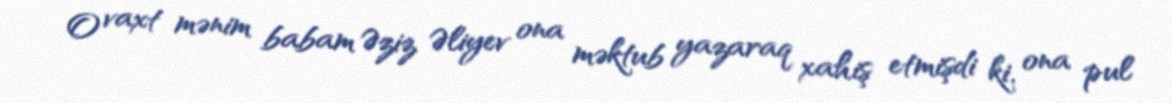
O vaxt mənim babam Əziz Əliyev ona məktub yazaraq xahiş etmişdi ki, ona pul